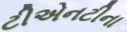
ટીએનટીના